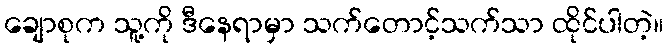
ချောစုက သူ့ကို ဒီနေရာမှာ သက်တောင့်သက်သာ ထိုင်ပါတဲ့။